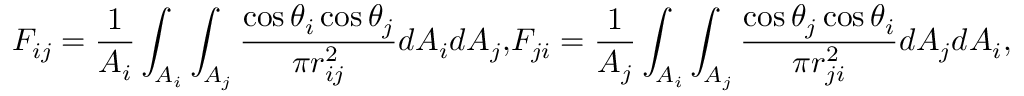
F _ { i j } = \frac { 1 } { A _ { i } } \int _ { A _ { i } } \int _ { A _ { j } } \frac { \cos { \theta _ { i } } \cos { \theta _ { j } } } { \pi r _ { i j } ^ { 2 } } d A _ { i } d A _ { j } { , } F _ { j i } = \frac { 1 } { A _ { j } } \int _ { A _ { i } } \int _ { A _ { j } } \frac { \cos { \theta _ { j } } \cos { \theta _ { i } } } { \pi r _ { j i } ^ { 2 } } d A _ { j } d A _ { i } { , }